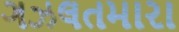
ગઝલતમારા